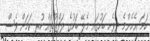
ހަމަ އެހެންމެ ދިވެހި ބަހުގައި މެލޭ ބަހުގެ ލަފްޒުތައް ހުރި ކަމަށް ވެސް